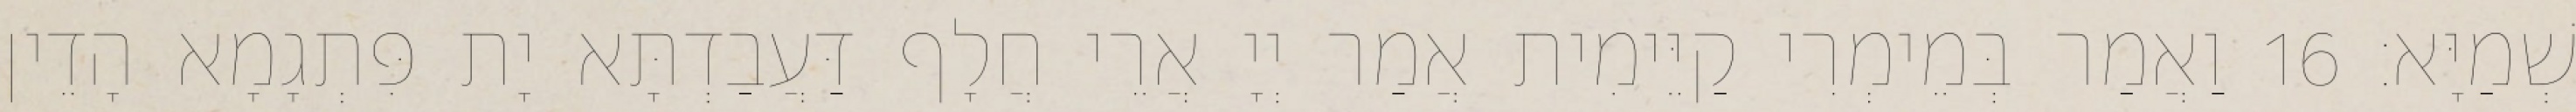
שְׁמַיָּא׃ 16 וַאֲמַר בְּמֵימְרִי קַיֵּימִית אֲמַר יְיָ אֲרֵי חֲלָף דַּעֲבַדְתָּא יָת פִּתְגָמָא הָדֵין